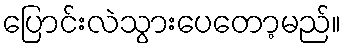
ပြောင်းလဲသွားပေတော့မည်။